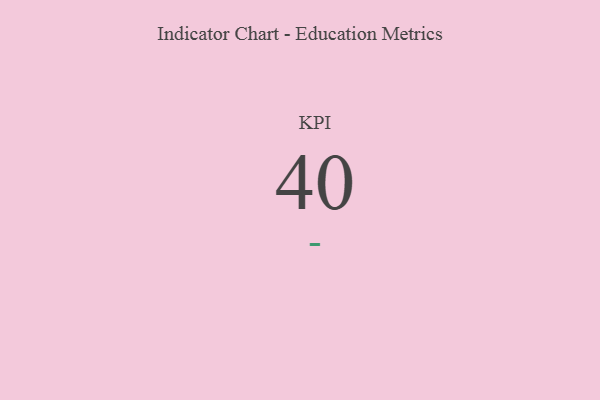
{"axis": {"x": "KPI", "y": "Value"}, "legend": [""], "data": [{"x": "KPI", "y": 40, "type": ""}]}